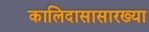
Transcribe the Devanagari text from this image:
कालिदासासारख्या